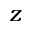
z